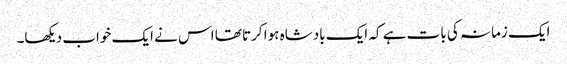
ایک زمانہ کی بات ہے کہ ایک بادشاہ ہوا کرتا تھا اس نے ایک خواب دیکھا۔